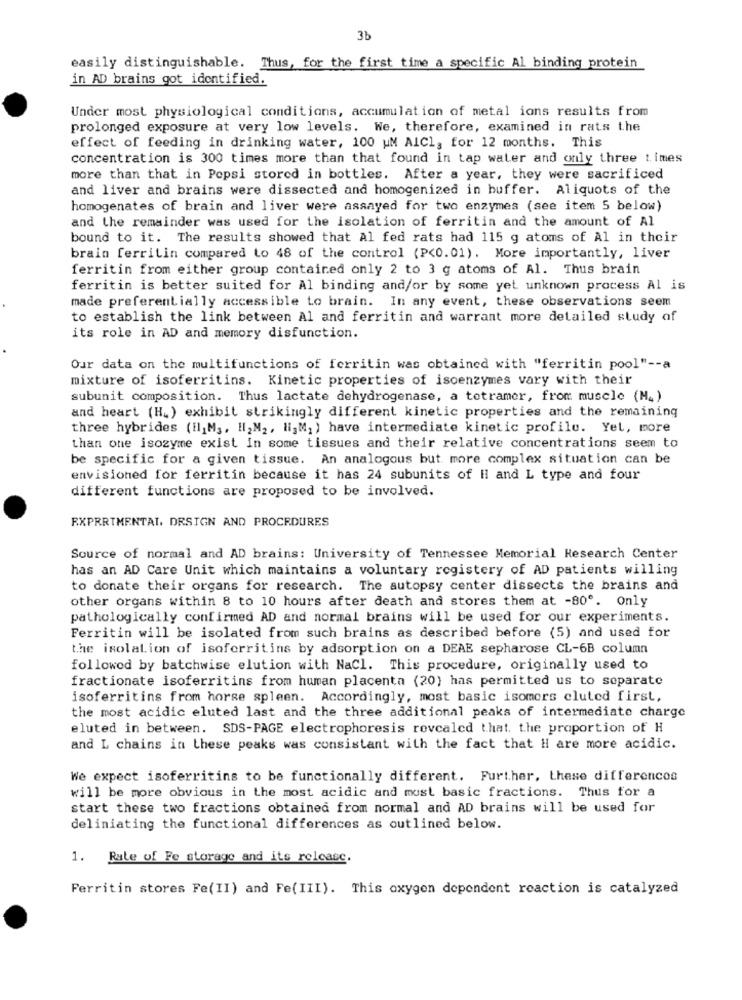
3b
easily distinguishable. Thus, for the first time a specific Al binding protein
in AD brains got identified.
Under most physiological conditions, accumulation of metal ions results from
prolonged exposure at very low levels. We, therefore, examined in rats the
effect of feeding in drinking water, 100 UM AlCl, for 12 months. This
concentration is 300 times more than that found in tap water and only three times
more than that in Pepsi stored in bottles. After a year, they were sacrificed
and liver and brains were dissected and homogenized in buffer. Aliquots of the
homogenates of brain and liver were assayed for two enzymes (see item 5 below)
and the remainder was used for the isolation of ferritin and the amount of Al
bound to it. The results showed that Al fed rats had 115 g atoms of Al in their
brain ferritin compared to 48 of the control (P<0.01). More importantly, liver
ferritin from either group contained only 2 to 3 g atoms of Al. Thus brain
ferritin is better suited for Al binding and/or by some yet unknown process Al is
made preferentially accessible to brain. In any event, these observations seem
to establish the link between Al and ferritin and warrant more detailed study of
its role in AD and memory disfunction.
Our data on the multifunctions of ferritin was obtained with "ferritin pool" -- a
mixture of isoferritins. Kinetic properties of isoenzymes vary with their
subunit composition. Thus lactate dehydrogenase, a totramer, from muscle (M4)
and heart (H.) exhibit strikingly different kinetic properties and the remaining
three hybrides (il,M3, HI;M2, li,M, ) have intermediate kinetic profile. Yel, more
than one isozyme exist in some tissues and their relative concentrations seem to
be specific for a given tissue. An analogous but more complex situation can be
envisioned for ferritin because it has 24 subunits of Il and L type and four
different functions are proposed to be involved.
EXPERIMENTAL, DESIGN AND PROCEDURES
Source of normal and AD brains: University of Tennessee Memorial Research Center
has an AD Care Unit which maintains a voluntary registery of AD patients willing
to donate their organs for research. The autopsy center dissects the brains and
other organs within 8 to 10 hours after death and stores them at -80º. Only
pathologically confirmed AD and normal brains will be used for our experiments.
Ferritin will be isolated from such brains as described before (5) and used for
the isolation of isoferritins by adsorption on a DEAE sepharose CL-6B column
followed by batchwise elution with NaCl. This procedure, originally used to
fractionate isoferritins from human placenta (20) has permitted us to separate
isoferritins from horse spleen. Accordingly, most basic isomers cluted first,
the most acidic eluted last and the three additional peaks of intermediate charge
eluted in between. SDS-PAGE electrophoresis revealed that. the proportion of H
and L chains in these peaks was consistant with the fact that H are more acidic.
We expect isoferritins to be functionally different. Further, these differences
will be more obvious in the most acidic and must basic fractions. Thus for a
start these two fractions obtained from normal and AD brains will be used for
deliniating the functional differences as outlined below.
1. Rate of Fe storage and its release.
Ferritin stores Fe(II) and Fe(III). This oxygen dependent reaction is catalyzed